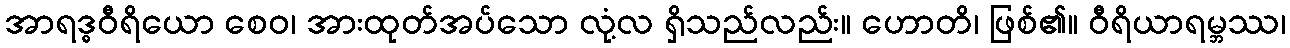
အာရဒ္ဓဝီရိယော စေဝ၊ အားထုတ်အပ်သော လုံ့လ ရှိသည်လည်း။ ဟောတိ၊ ဖြစ်၏။ ဝီရိယာရမ္ဘဿ၊